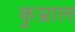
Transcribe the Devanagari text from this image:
कुम्राल